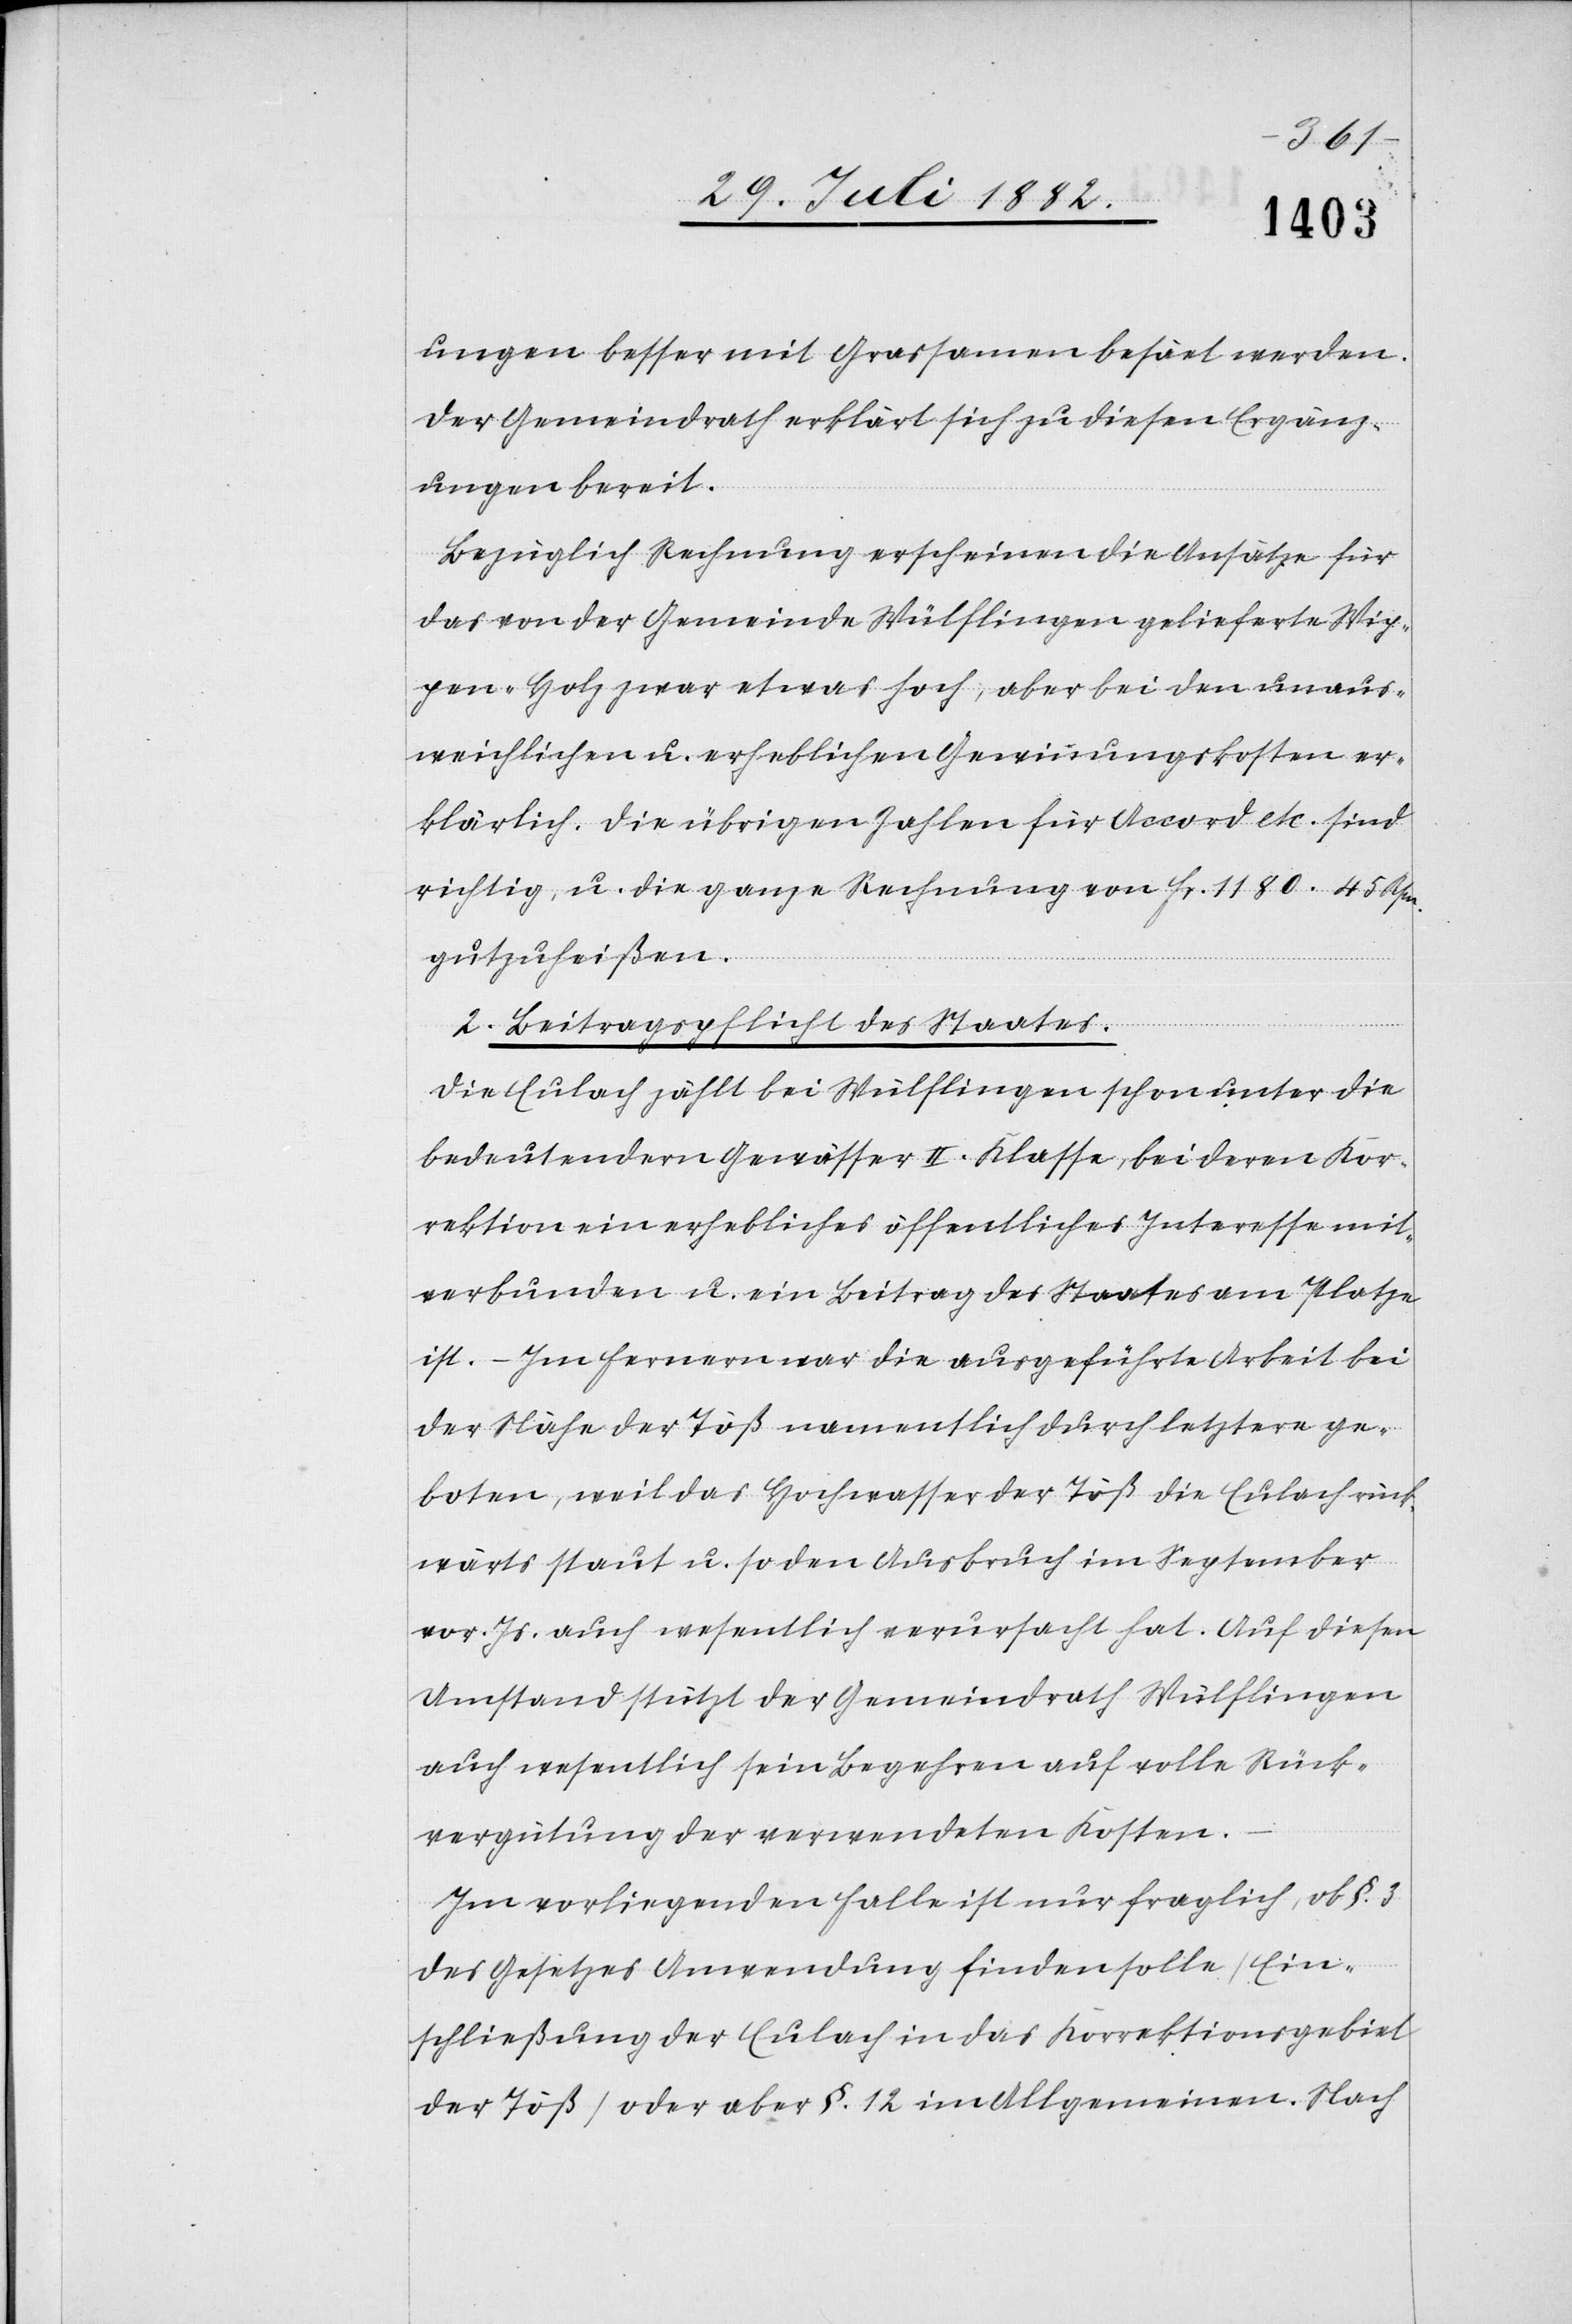
ungen besser mit Grassamen besäet werden.
Der Gemeindrath erklärt sich zu diesen Ergänz¬
ungen bereit.
Bezüglich Rechnung erscheinen die Ansätze für
das von der Gemeinde Wülflingen gelieferte Wip¬
pen-Holz zwar etwas hoch, aber bei den unaus¬
weichlichen u. erheblichen Gewinnungskosten er¬
klärlich. Die übrigen Zahlen für Accord etc. sind
richtig, u. die ganze Rechnung von Fr. 1180. 45 Rpn.
gutzuheißen.
2. Beitragspflicht des Staates.
Die Eulach zählt bei Wülflingen schon unter die
bedeutendern Gewässer II. Klasse, bei deren Kor¬
rektion ein erhebliches öffentliches Interesse mit¬
verbunden u. ein Beitrag des Staates am Platze
ist. – Im Fernern war die ausgeführte Arbeit bei
der Nähe der Töß namentlich durch letztere ge¬
boten, weil das Hochwasser der Töß die Eulach rück¬
wärts staut u. so den Ausbruch im September
vor. Js. auch wesentlich verursacht hat. Auf diesen
Umstand stützt der Gemeindrath Wülflingen
auch wesentlich sein Begehren auf volle Rück¬
vergütung der verwendeten Kosten.
Im vorliegenden Falle ist nur fraglich, ob §. 3
des Gesetzes Anwendung finden solle (Ein¬
schließung der Eulach in das Korrektionsgebiet
der Töß) oder aber §. 12 im Allgemeinen. Nach